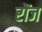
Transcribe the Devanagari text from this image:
रोंज